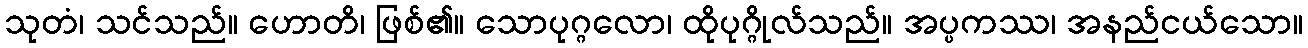
သုတံ၊ သင်သည်။ ဟောတိ၊ ဖြစ်၏။ သောပုဂ္ဂလော၊ ထိုပုဂ္ဂိုလ်သည်။ အပ္ပကဿ၊ အနည်ငယ်သော။